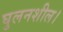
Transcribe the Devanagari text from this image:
घुलनशील।